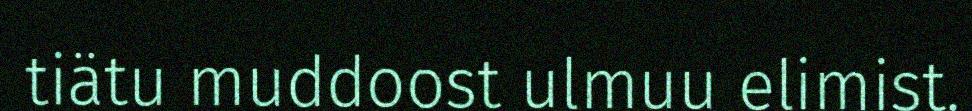
tiätu muddoost ulmuu elimist.